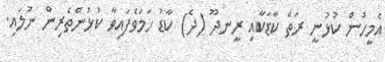
އެމީހުން ކުޅުނީ ރަތް ކާޑަކާއި ރީނދޫ (ދެ) ކާޑު ހަމަވެފައިވާ ކުޅުންތެރިން ނުލައި.